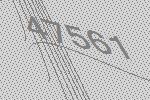
47561